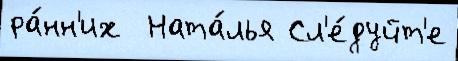
ра́нн'их  Ната́лья Сл'е́дуйт'е